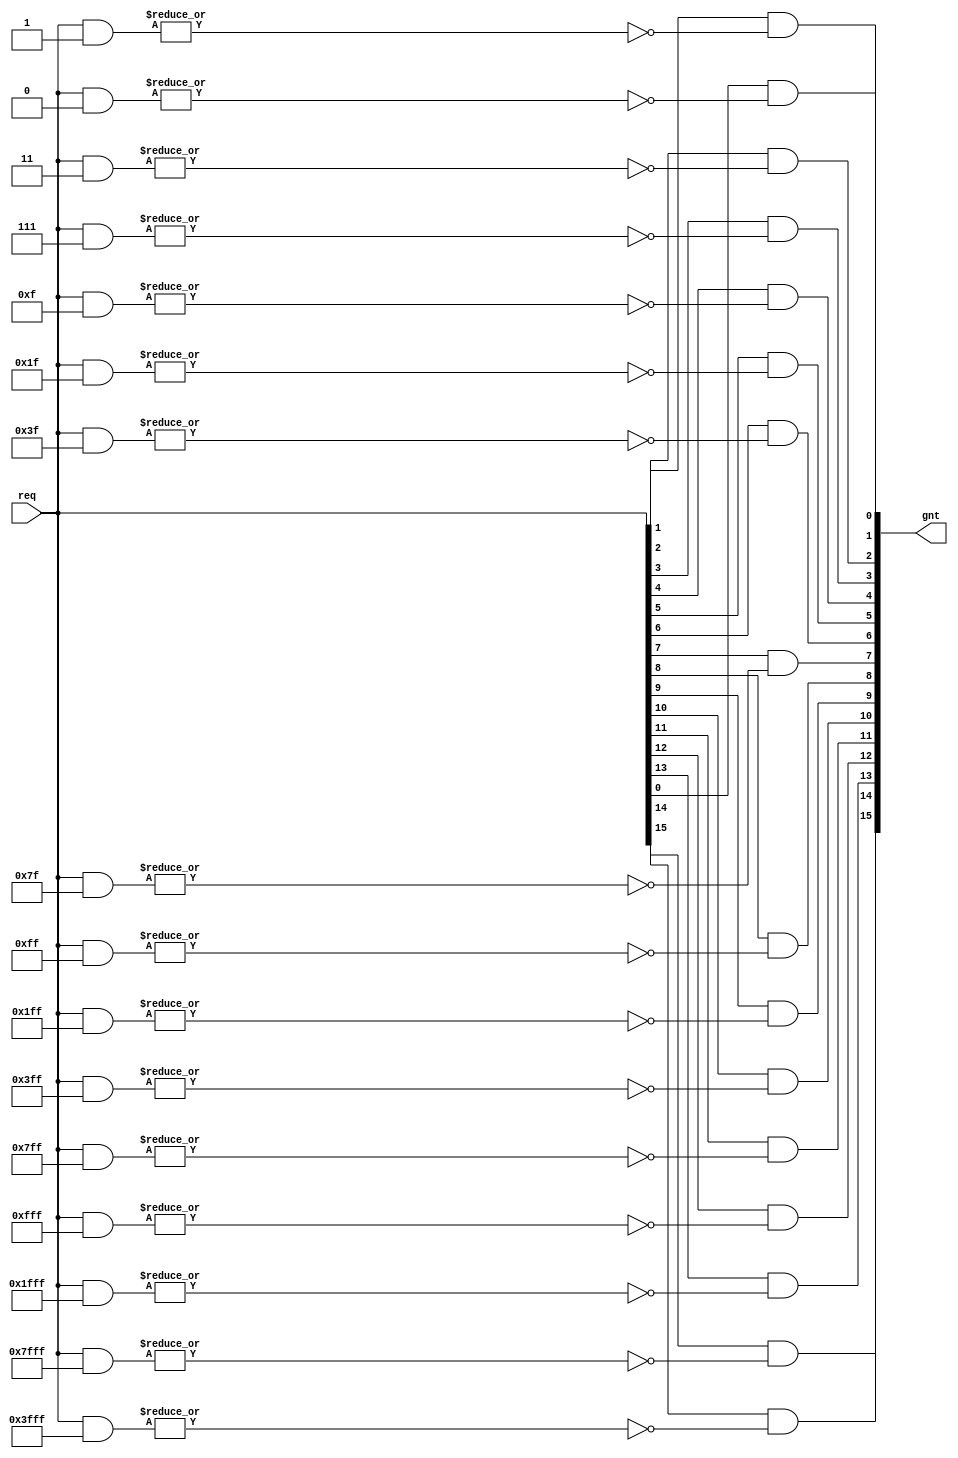
/*****************************************************************************\
|                         Copyright (C) 2022 Luke Wren                        |
|                     SPDX-License-Identifier: Apache-2.0                     |
\*****************************************************************************/

// req: bitmap
// idx: bitmap with all bits clear except the least- (HIGHEST_WINS=0) or
//      most- (HIGHEST_WINS=1) significant set bit in req.

`default_nettype none

module hazard3_onehot_priority #(
	parameter W_REQ        = 16,
	parameter HIGHEST_WINS = 0
) (
	input  wire [W_REQ-1:0] req,
	output reg  [W_REQ-1:0] gnt
);

always @ (*) begin: select
	integer i;
	for (i = 0; i < W_REQ; i = i + 1) begin
		gnt[i] = req[i] && ~|(req & (
			HIGHEST_WINS ? ~({W_REQ{1'b1}} >> (W_REQ - 1 - i)) : ~({W_REQ{1'b1}} << i)
		));
	end
end

endmodule

`ifndef YOSYS
`default_nettype wire
`endif